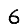
Digit: 6